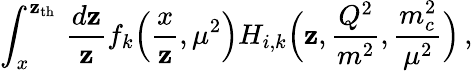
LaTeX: \int_{x}^{\mathbf{z}_{\mathrm{{th}}}}\, \frac{{d\mathbf{z}}}{{\mathbf{z}}}f_{k}\Big(\frac{{x}}{{\mathbf{z}}},\mu^{2}\Big)H_{i,k}\Big(\mathbf{z},\frac{{Q^{2}}}{{m^{2}}},\frac{{m_{c}^{2}}}{{\mu^{2}}}\Big)\, ,